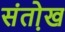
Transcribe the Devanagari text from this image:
संतो़ख